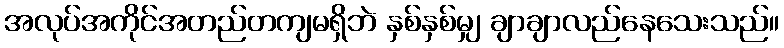
အလုပ်အကိုင်အတည်တကျမရှိဘဲ နှစ်နှစ်မျှ ချာချာလည်နေသေးသည်။